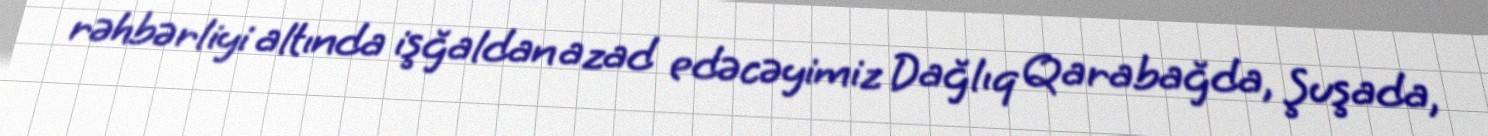
rəhbərliyi altında işğaldan azad edəcəyimiz Dağlıq Qarabağda, Şuşada,